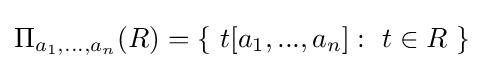
\Pi _{a_{1},...,a_{n}}(R)=\{\ t[a_{1},...,a_{n}]:\ t\in R\ \}